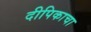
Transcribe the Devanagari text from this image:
दीपिकाचा